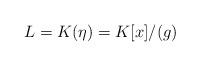
LaTeX: \begin{align*}L=K(\eta)=K[x]/(g)\end{align*}